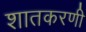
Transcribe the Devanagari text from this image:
शातकरणी